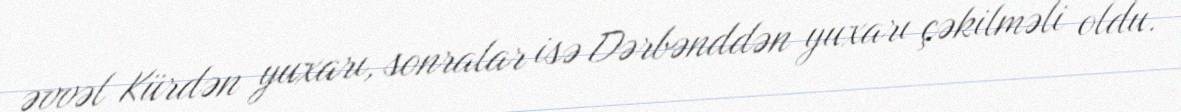
əvvəl Kürdən yuxarı, sonralar isə Dərbənddən yuxarı çəkilməli oldu.